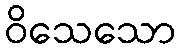
ဝိသေသော